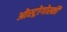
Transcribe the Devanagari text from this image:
ओस्ट्रोगोर्स्की